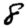
Digit: 8